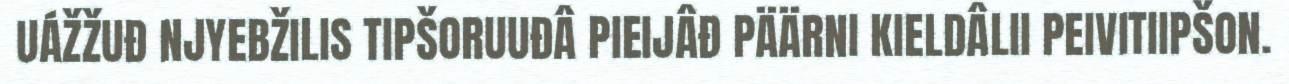
UÁŽŽUĐ NJYEBŽILIS TIPŠORUUĐÂ PIEIJÂĐ PÄÄRNI KIELDÂLII PEIVITIIPŠON.